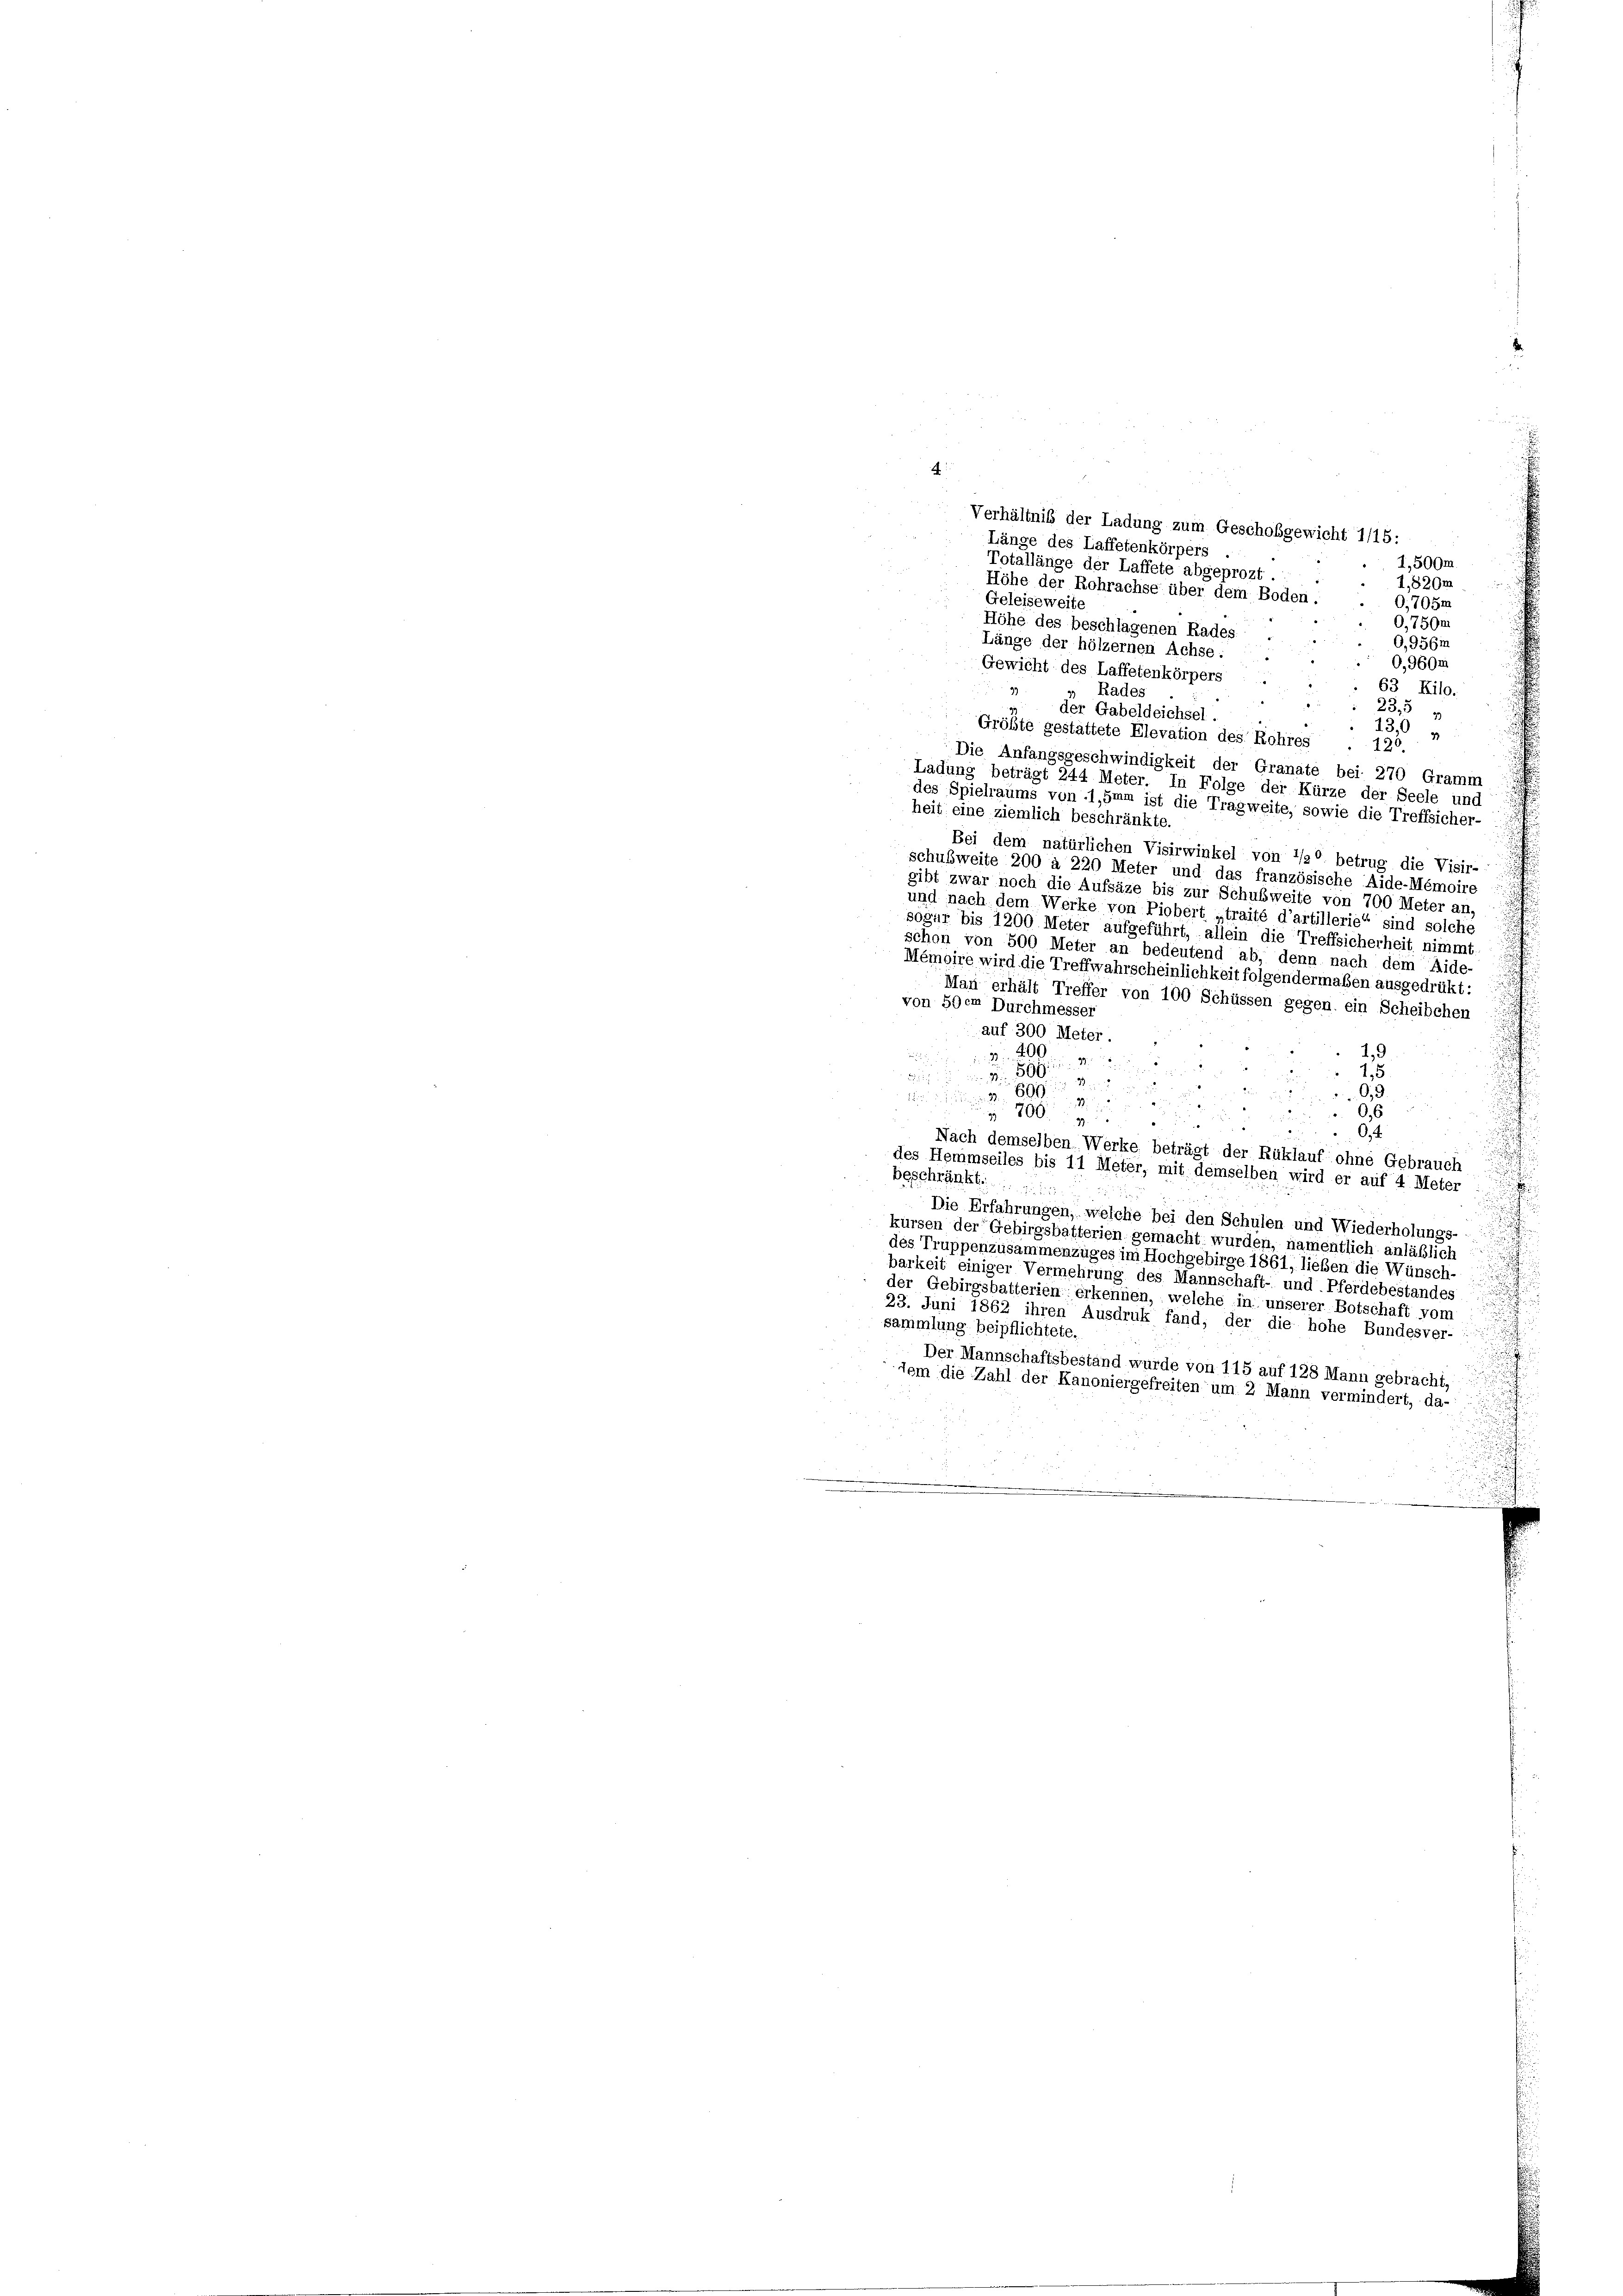
.
Verhältnis der Ladung zum Geschobgewicht 1/15:
Länge des Laffetenkörpers .
1,500m
Totallänge der Laffete abgeprozt
I,820m
Höhe der Rohrachse über dem Boden.
Geleiseweite
0,705m
0,7504.
Höhe des beschlagenen Rades
O,956m
Länge der hölzernen Achse: .
0,960m
Gewicht des Laffetenkörpers
63 Kilo.
99
 Rades
 23,5
der Gabeldeichsel.
 13,
Größte gestattete Elevation des Rohres
120.
Die Anfangsgeschwindigkeit der Granate bei 270 Gramm
Ladung beträgt 244 Meter. In Folge der Kürze der Seele und
des Spielraums von 1,3mm ist die Tragweite, sowie die Treffsicher-
heit eine ziemlich beschränkte.
Bei dem natürlichen Visirwinkel von 1/20 betrug die Visir-
schußweite 200 à 220 Meter und das französische Aide-Memoire
gibt zwar noch die Aufsäze bis zur Schubweite von 700 Meter an,
und nach dem Werke von Piobert „traité d’artillerie“ sind solche
sogar bis 1200 Meter aufgeführt, allein die Treffsicherheit nimmt,
schon von 500 Meter an bedeutend ab, denn nach dem Aide-
Mémoire wird die Treffwahrscheinlichkeit folgendermaßen ausgedrükt:
Man erhält Treffer von 100 Schüssen gegen ein Scheibchen
von 59cm Durchmesser
auf 300 Meter.
1,9
3200
59
1,5
 . . 1899 und in
6.3.

0,6
 800
0.4.
Nach demselben Werke beträgt der Rüklauf ohne Gebrauch
u
des Hemmseiles bis 11 Meter, mit demselben wird er auf 4 Meter :
beschränkt.
.

.
Die Erfahrungen, welche bei den Schulen und Wiederholungs-
kürsen der Gebirgsbatterien gemacht wurden, namentlich anläßlich
des Truppenzusammenzuges im Hochgebirge 1861, lieben die Wünsch-
.
.
barkeit einiger Vermehrung des Mannschaft- und Pferdebestandes
n
der Gebirgsbatterien erkennen, welche in unserer Botschaft vom

23. Juni 1862 ihren Ausdruk fand, der die hohe Bundesver-
sammlung beipflichtete
Der Mannschaftsbestand wurde von 115 auf 128 Mann gebracht,
dem die Zahl der Kanoniergefreiten um 2 Mann vermindert, da-